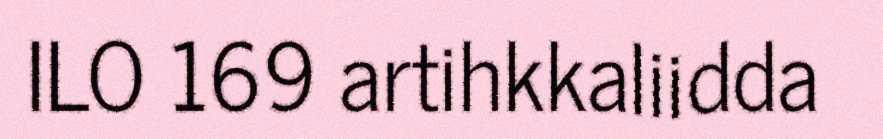
ILO 169 artihkkaliidda